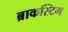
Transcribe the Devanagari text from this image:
ब्राकस्टिग